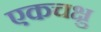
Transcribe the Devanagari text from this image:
एकचक्षु